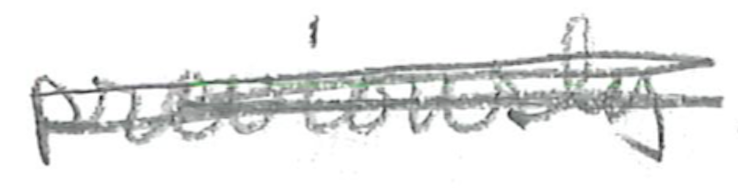
Text: previously
Cross-out: scratch
Writing tool: pencil